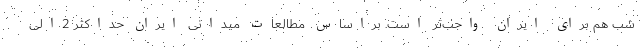
شب هم برای ایران واجب‌تر است. براساس مطالعات میدانی ایران حداکثر 2الی